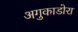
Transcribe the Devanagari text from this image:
अगुकाडोरा